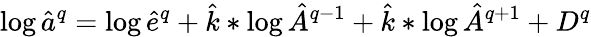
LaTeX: \log\hat{a}^{q}=\log\hat{e}^{q}+\hat{k}*\log\hat{A}^{q-1}+\hat{k}*\log\hat{A}^{q+1}+D^{q}